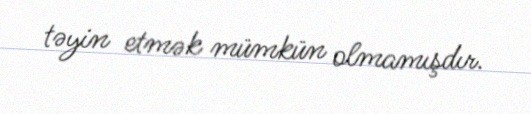
təyin etmək mümkün olmamışdır.